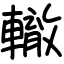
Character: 轍